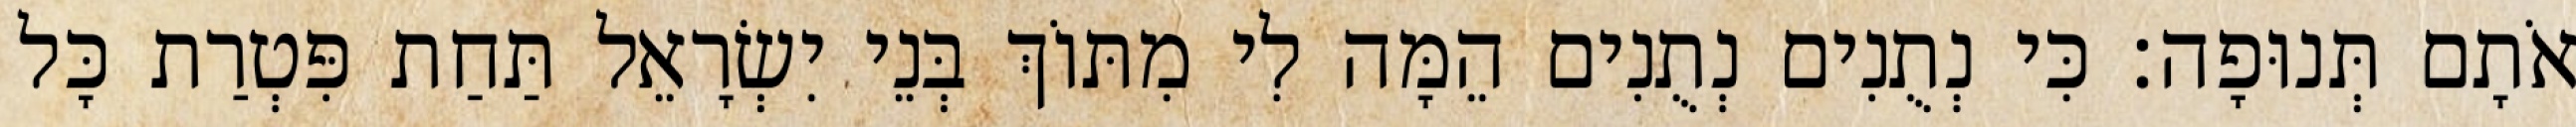
אֹתָם תְּנוּפָה׃ כִּי נְתֻנִים נְתֻנִים הֵמָּה לִי מִתּוֹךְ בְּנֵי יִשְׂרָאֵל תַּחַת פִּטְרַת כָּל